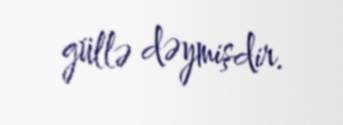
güllə dəymişdir.